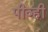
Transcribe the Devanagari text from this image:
पीव्ही